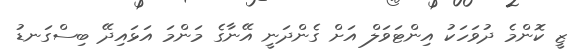
ޒީ ކޮންމެ ދުވަހަކު އިންޓަވަލް އަށް ގެންދަނީ އޭނާގެ މަންމަ އަޅައިދޭ ބިސްގަނޑު